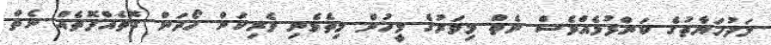
ލަދުހަޔާތުގެ ކަންފުޅެއްވެސް ނެތް މިވަރުގެ މީހުން މިތެޅެނި ވެރިކަން ހޯދަން ގޮތެއްފޮތެއް ނެތް